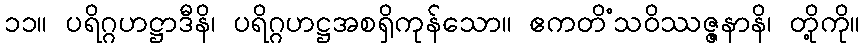
၁၁။ ပရိဂ္ဂဟဋ္ဌာဒီနိ၊ ပရိဂ္ဂဟဋ္ဌအစရှိကုန်သော။ ဧကတိံသဝိဿဇ္ဇနာနိ၊ တို့ကို။